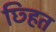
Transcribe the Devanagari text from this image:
छ्हित